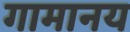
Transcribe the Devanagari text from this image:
गामानय